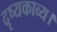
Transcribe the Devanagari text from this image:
दृष्यकाव्य।